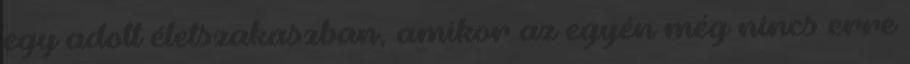
egy adott életszakaszban, amikor az egyén még nincs erre